Medical and sanitary report of the native army of Madras for the year
Year: 1877
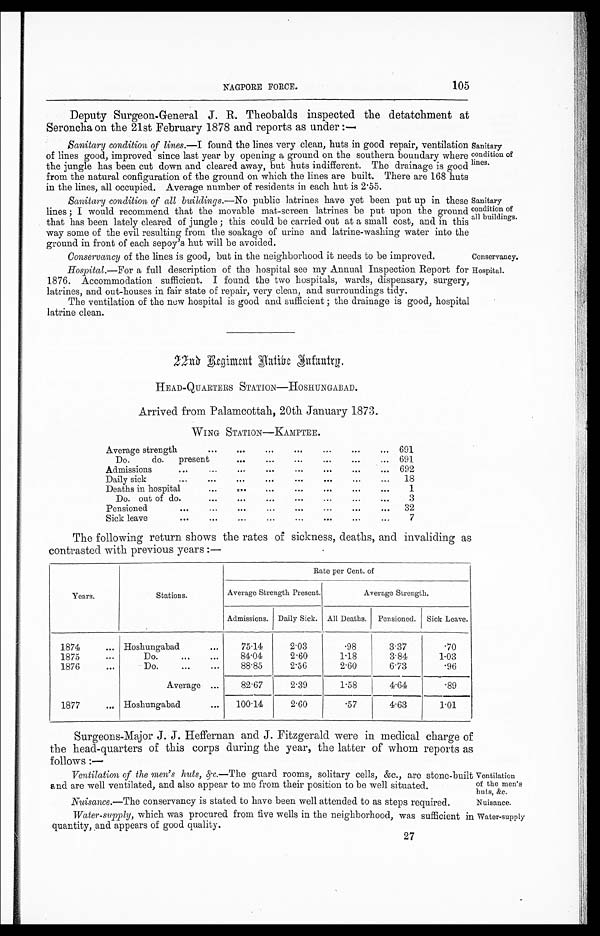
NAGPORE FORCE.
105
Deputy Surgeon-General J. R. Theobalds inspected the detatchment at
Seroncha on the 21st February 1878 and reports as under :—
Sanitary condition of lines. —I found the lines very clean, huts in good repair, ventilation
of lines good, improved since last year by opening a ground on the southern boundary where
the jungle has been cut down and cleared away, but huts indifferent. The drainage is good
from the natural configuration of the ground on which the lines are built. There are 168 huts
in the lines, all occupied. Average number of residents in each hut is 2.55.
Sanitary condition of all buildings. —No public latrines have yet been put up in these
lines ; I would recommend that the movable mat-screen latrines be put upon the ground
that has been lately cleared of jungle ; this could be carried out at a small cost, and in this
way some of the evil resulting from the soakage of urine and latrine-washing water into the
ground in front of each sepoy's hut will be avoided.
Sanitary
condition of
lines.
Sanitary
condition of
all buildings.
Conservancy of the lines is good. but in. the neighborhood it needs to be improved.
Conservancy.
Hospital.—For a full description of the hospital see my Annual Inspection Report for Hospital.
1876. Accommodation sufficient. I found the two hospitals, wards, dispensary, surgery,
latrines, and out-houses in fair state of repair, very clean, and surroundings tidy.
The ventilation of the new hospital is good and sufficient ; the drainage is good, hospital
latrine clean.
2 2 n d R e g i m e n t N a t i v e I n f a n t r y .
HEAD-QUARTERS STATION—HOSHUNGABAD.
Arrived from Palamcottah, 20th January 1873.
WING STATION—KAMPTEE.
Average strength
. . .
. . .
. . .
. . .
. . .
. . .
. . . 691
Do. do. present
. . .
. . .
. . .
. . .
. . .
. . . 691
Admissions
...
...
...
. . .
. . .
...
. . .
. . . 692
Daily sick
...
. . .
...
. . .
...
. . .
...
... 18
Deaths in hospital
. . .
. . .
. . .
...
. . .
. . .
. . .
1
Do. out of do.
. . .
...
...
. . .
. . .
...
. . .
3
Pensioned
...
. . .
...
. . .
. . .
. . .
. . . 32
Sick leave
...
. . .
...
. . .
...
. . .
. . .
...
7
The following return shows the rates of sickness, deaths, and invaliding as
contrasted with previous years :—
Years.
Stations.
Rate per Cent. of
Average Strength Present.
Average Strength.
Admissions. Daily Sick. All Deaths. Pensioned. Sick Leave.
1874
... Hoshungabad
. . .
75.14
2.03
.98
3.37
.70
1875
. . .
Do.
...
. . .
84.04
2.60
1.18
3.84
1.03
1876
. . .
Do.
...
. . .
88.85
2.56
2.60
6.73
.96
Average ...
82.67
2.39
1.58
4.64
.89
1877
... Hoshungabad
... 100.14
2.60
.57
4.63
1.01
Surgeons-Major J. J. Heffernan and J. Fitzgerald were in medical charge of
the head-quarters of this corps during the year, the latter of whom reports as
follows :—
Ventilation of the men's huts, &c. —The guard rooms, solitary cells, &c., are stone-built
end are well ventilated, and also appear to me from their position to be well situated.
Ventilation
of the men's
huts, &c.
Nuisance.—The conservancy is stated to have been well attended to as steps required.
Nuisance.
Water-supply, which was procured from five wells in the neighborhood, was sufficient in Water-supply
quantity, and appears of good quality.
27